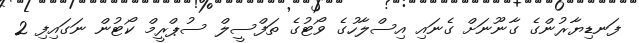
ފަނޑިޔާރުންގެ ގާނޫނަށް ގެނައި އިސްލާހުގެ ވޯޓުގެ ތަފްސީލް ސުޕްރީމް ކޯޓުން ނަގައިފި 2